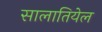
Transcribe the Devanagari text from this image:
सालातियेल